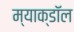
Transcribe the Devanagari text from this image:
म्याक्डॉल